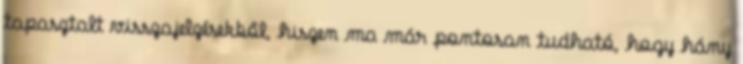
tapasztalt visszajelzésekből, hiszen ma már pontosan tudható, hogy hány